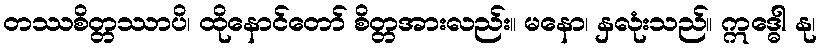
တဿစိတ္တဿာပိ၊ ထိုနောင်တော် စိတ္တအားလည်း။ မနော၊ နှလုံးသည်။ ဣဒ္ဓေါ နု၊